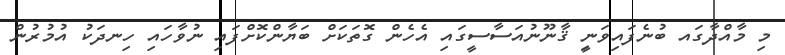
މި މާއްދާގައ ބުނެފައިވަނީި ޤާނޫނުއަސާސީގައި އެހެން ގޮތަކަށް ބަޔާންކޮށްފައި ނުވާހައި ހިނދަކު އުމުރުން